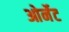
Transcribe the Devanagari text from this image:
ओर्नेट